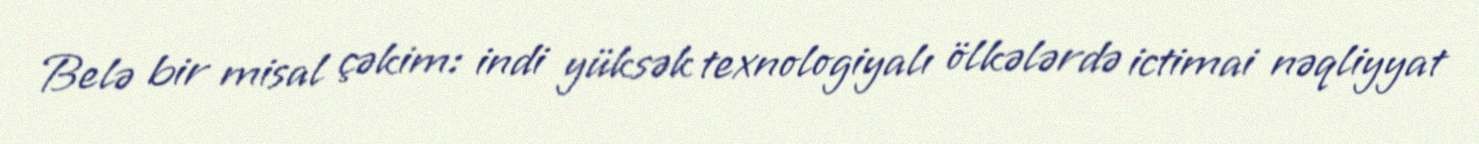
Belə bir misal çəkim: indi yüksək texnologiyalı ölkələrdə ictimai nəqliyyat